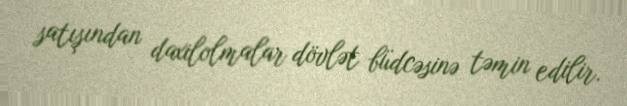
satışından daxilolmalar dövlət büdcəsinə təmin edilir.